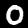
Digit: 0